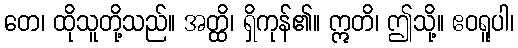
တေ၊ ထိုသူတို့သည်။ အတ္ထိ၊ ရှိကုန်၏။ ဣတိ၊ ဤသို့။ ဧဝရူပါ၊